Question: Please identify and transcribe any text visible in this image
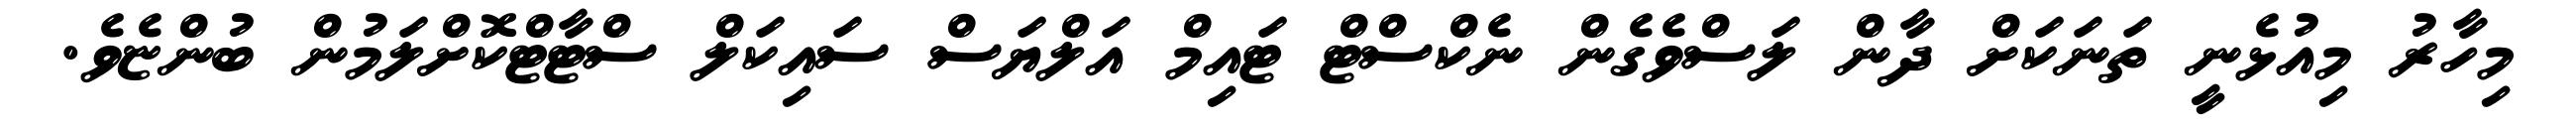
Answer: މިހާރު މިއުޅެނީ ތަނަކަށް ދާން ލަސްވެގެން ނެކްސްޓް ޓައިމް އަލްޔަސް ސައިކަލް ސްޓާޓްކޮށްލަމުން ބުންޏެވެ.